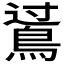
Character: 𪁶